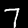
Label: 7